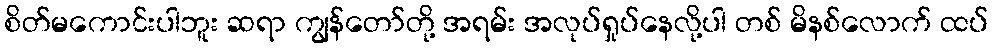
စိတ်မကောင်းပါဘူး ဆရာ ကျွန်တော်တို့ အရမ်း အလုပ်ရှုပ်နေလို့ပါ တစ် မိနစ်လောက် ထပ်